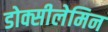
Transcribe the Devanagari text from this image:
डोक्सीलेमिन